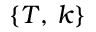
\left\lbrace T , \, k \right\rbrace